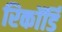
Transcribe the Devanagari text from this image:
रिकॉर्डिं